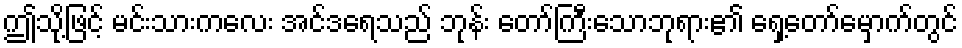
ဤသို့ဖြင့် မင်းသားကလေး အင်ဒရေသည် ဘုန်း တော်ကြီးသောဘုရား၏ ရှေ့တော်မှောက်တွင်